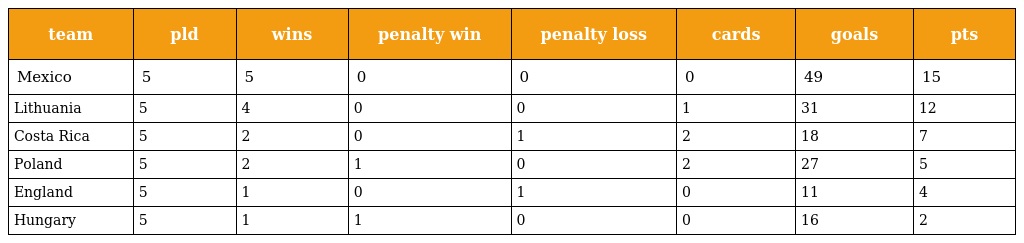
| team | pld | wins | penalty win | penalty loss | cards | goals | pts |
 | --- | --- | --- | --- | --- | --- | --- | --- |
 | Mexico | 5 | 5 | 0 | 0 | 0 | 49 | 15 |
 | Lithuania | 5 | 4 | 0 | 0 | 1 | 31 | 12 |
 | Costa Rica | 5 | 2 | 0 | 1 | 2 | 18 | 7 |
 | Poland | 5 | 2 | 1 | 0 | 2 | 27 | 5 |
 | England | 5 | 1 | 0 | 1 | 0 | 11 | 4 |
 | Hungary | 5 | 1 | 1 | 0 | 0 | 16 | 2 |